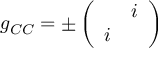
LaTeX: g _ { C C } = \pm \left( \begin{array} { c c } { { } } & { { i } } \\ { { i } } & { { } } \end{array} \right)